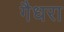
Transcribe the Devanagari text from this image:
गैधरा